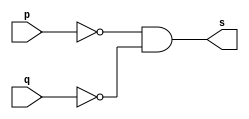
// ----------------
// Exemplo0010 - NOR usando De Morgan
// Nome: Josemar Alves Caetano
// Matrcula: 448662
// Data: 02/08/2012
// ----------------

// ----------------
// -- nor gate
// ----------------
module norgate(output s, input p, input q);
 assign s = ~p & ~q;
endmodule

// ----------------
// -- test norgate
// ----------------
module testnorgate;

// ---------------- Dados locais
 reg a, b; //Definir registradores
 wire s; //Definir conexo (fio)

// ---------------- Intncia
 norgate NOR1(s, a, b);

// ---------------- Preparao
 initial begin:start
  a = 0; b = 0;
 end

// ---------------- Parte principal
 initial begin:main
   $display("Exemplo0010 - Josemar Alves Caetano - 448662");
   $display("Teste NOR gate usando De Morgan.");
   $display("\t~a & ~b)\n");
  
   $monitor("\t~%b & ~%b) = %b", a, b, s);
  #1 a = 0; b = 1;
  #1 a = 1; b = 0;
  #1 a = 1; b = 1;
 
 end//main
 
endmodule//testnorgate